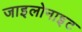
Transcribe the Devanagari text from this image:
जाइलोनाइट